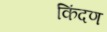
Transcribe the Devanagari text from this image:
किंदण